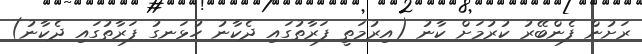
ރަށުން ފެންބޭރު ކުރުމަށް ކާނު (އިރުމަތީ ފަރާތުގައި ދެކާނު ހުޅަނގު ފަރާތުގައި ދެކާނު)